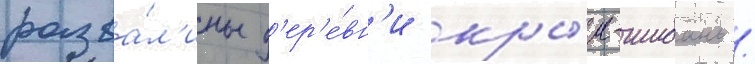
разва́л'ины д'ер'е́вн'и кры́м-шибань /